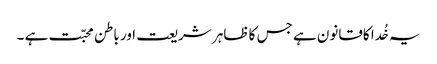
یہ خُدا کاقانون ہے جس کا ظاہر شریعت اور باطن محبّت ہے ۔